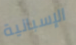
الإسبانية